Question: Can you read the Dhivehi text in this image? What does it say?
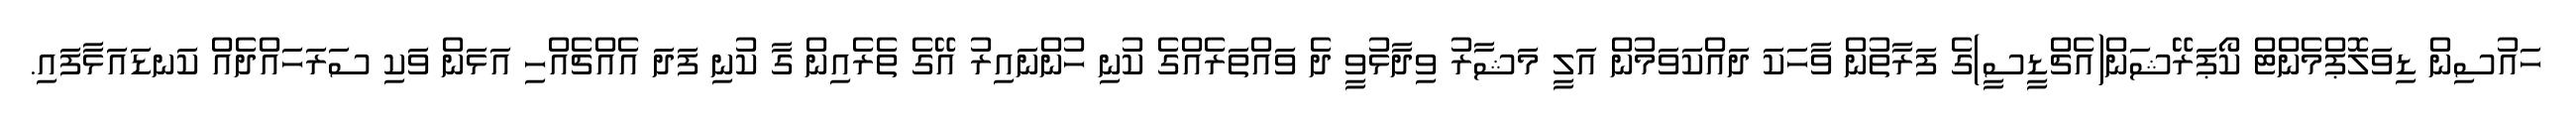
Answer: ހައުސިން ޑިވަލޮޕްމެންޓް ކޯޕަރޭޝަން(އެޗްޑީސީ)ގެ ފަރާތުން ވާހަކަ ދައްކަވަމުން އަލީ މަޝާރު ވިދާޅުވީ ދެ ވައްތަރެއްގެ ކުނި ހުންނައިރު އޭގެ ތެރެއިން ގާ ކުނި ފަދަ އެއްޗެއްހި އަޅަން ވަކި ސަރަހައްދެއް ކަނޑައަޅާފައި.